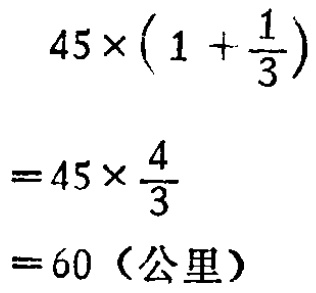
\[

\begin{align*}

&45\times(1 + \frac{1}{3})\\

=&45\times\frac{4}{3}\\

=&60（公里）

\end{align*}

\]